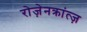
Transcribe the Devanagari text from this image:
रोज़ेनक्रांत्ज़